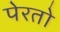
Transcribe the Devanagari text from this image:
पेरतो